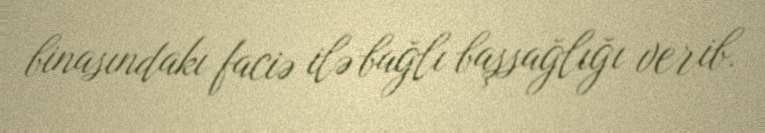
binasındakı faciə ilə bağlı başsağlığı verib.